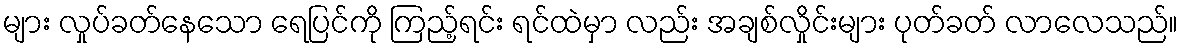
များ လှုပ်ခတ်နေသော ရေပြင်ကို ကြည့်ရင်း ရင်ထဲမှာ လည်း အချစ်လှိုင်းများ ပုတ်ခတ် လာလေသည်။